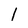
Character: 1